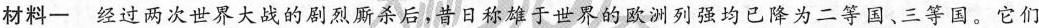
材料一 经过两次世界大战的剧烈厮杀后，昔日称雄于世界的欧洲列强均已降为二等国、三等国。它们